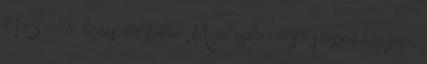
4-5 órán keresztül sütöm. Majd mikor kész szépen hagyom,